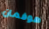
هوفمان